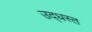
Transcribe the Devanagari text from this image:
उद्‌धस्त